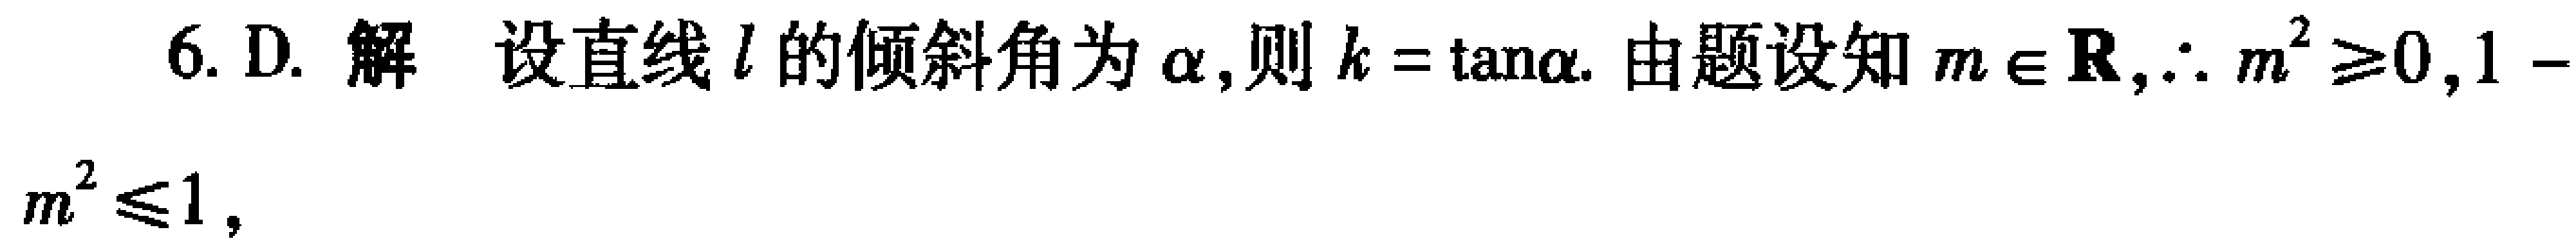
6. D. 解 设直线\(l\)的倾斜角为\(\alpha\),则\(k = \tan\alpha\). 由题设知\(m \in \mathbf{R}\),\(\therefore m^{2} \geqslant 0\),\(1 - m^{2} \leqslant 1\)，